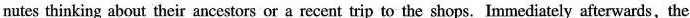
nutes thinking about their ancestors or a recent trip to the shops.Immediately afterwards, the